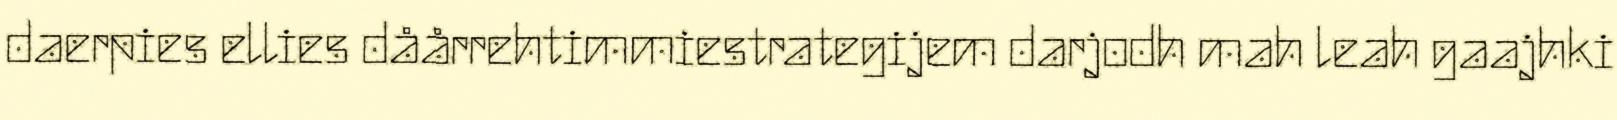
daerpies ellies dåårrehtimmiestrategijem darjodh mah leah gaajhki